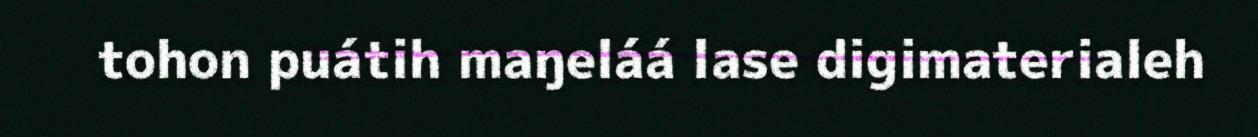
tohon puátih maŋeláá lase digimaterialeh